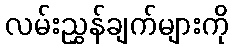
လမ်းညွှန်ချက်များကို